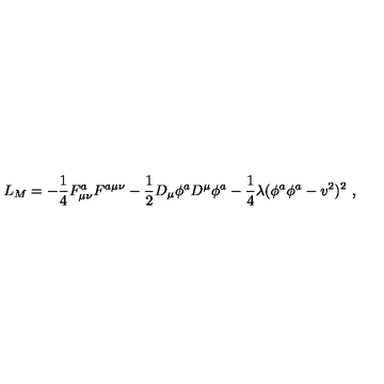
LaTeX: L _ { M } = - \frac { 1 } { 4 } F _ { \mu \nu } ^ { a } F ^ { a \mu \nu } - \frac { 1 } { 2 } D _ { \mu } \phi ^ { a } D ^ { \mu } \phi ^ { a } - \frac { 1 } { 4 } \lambda ( \phi ^ { a } \phi ^ { a } - v ^ { 2 } ) ^ { 2 } \ ,